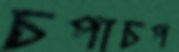
চপাচপ